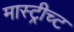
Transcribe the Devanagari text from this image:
मास्ट्रीच्ट